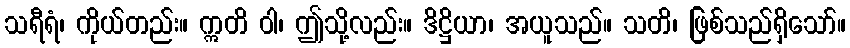
သရီရံ၊ ကိုယ်တည်း။ ဣတိ ဝါ၊ ဤသို့လည်း။ ဒိဋ္ဌိယာ၊ အယူသည်။ သတိ၊ ဖြစ်သည်ရှိသော်။